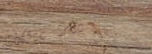
Coffee Shop